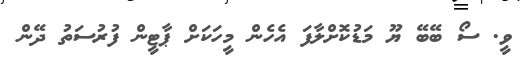
ވީ. ސޯ ބޭބޭ ޔޫ މަޑުކޮށްލާފަ އެހެން މީހަކަށް ޕާޓީން ފުރުސަތު ދޭން